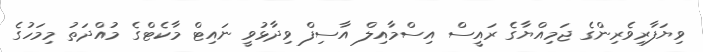
ވިޔަފާރިވެރިންގެ ޖަމިއްޔާގެ ރައީސް އިސްމާއިލް އާސިފް ވިދާޅުވީ ނައިޓް މާކެޓްގެ މުއްދަތު މިމަހުގެ